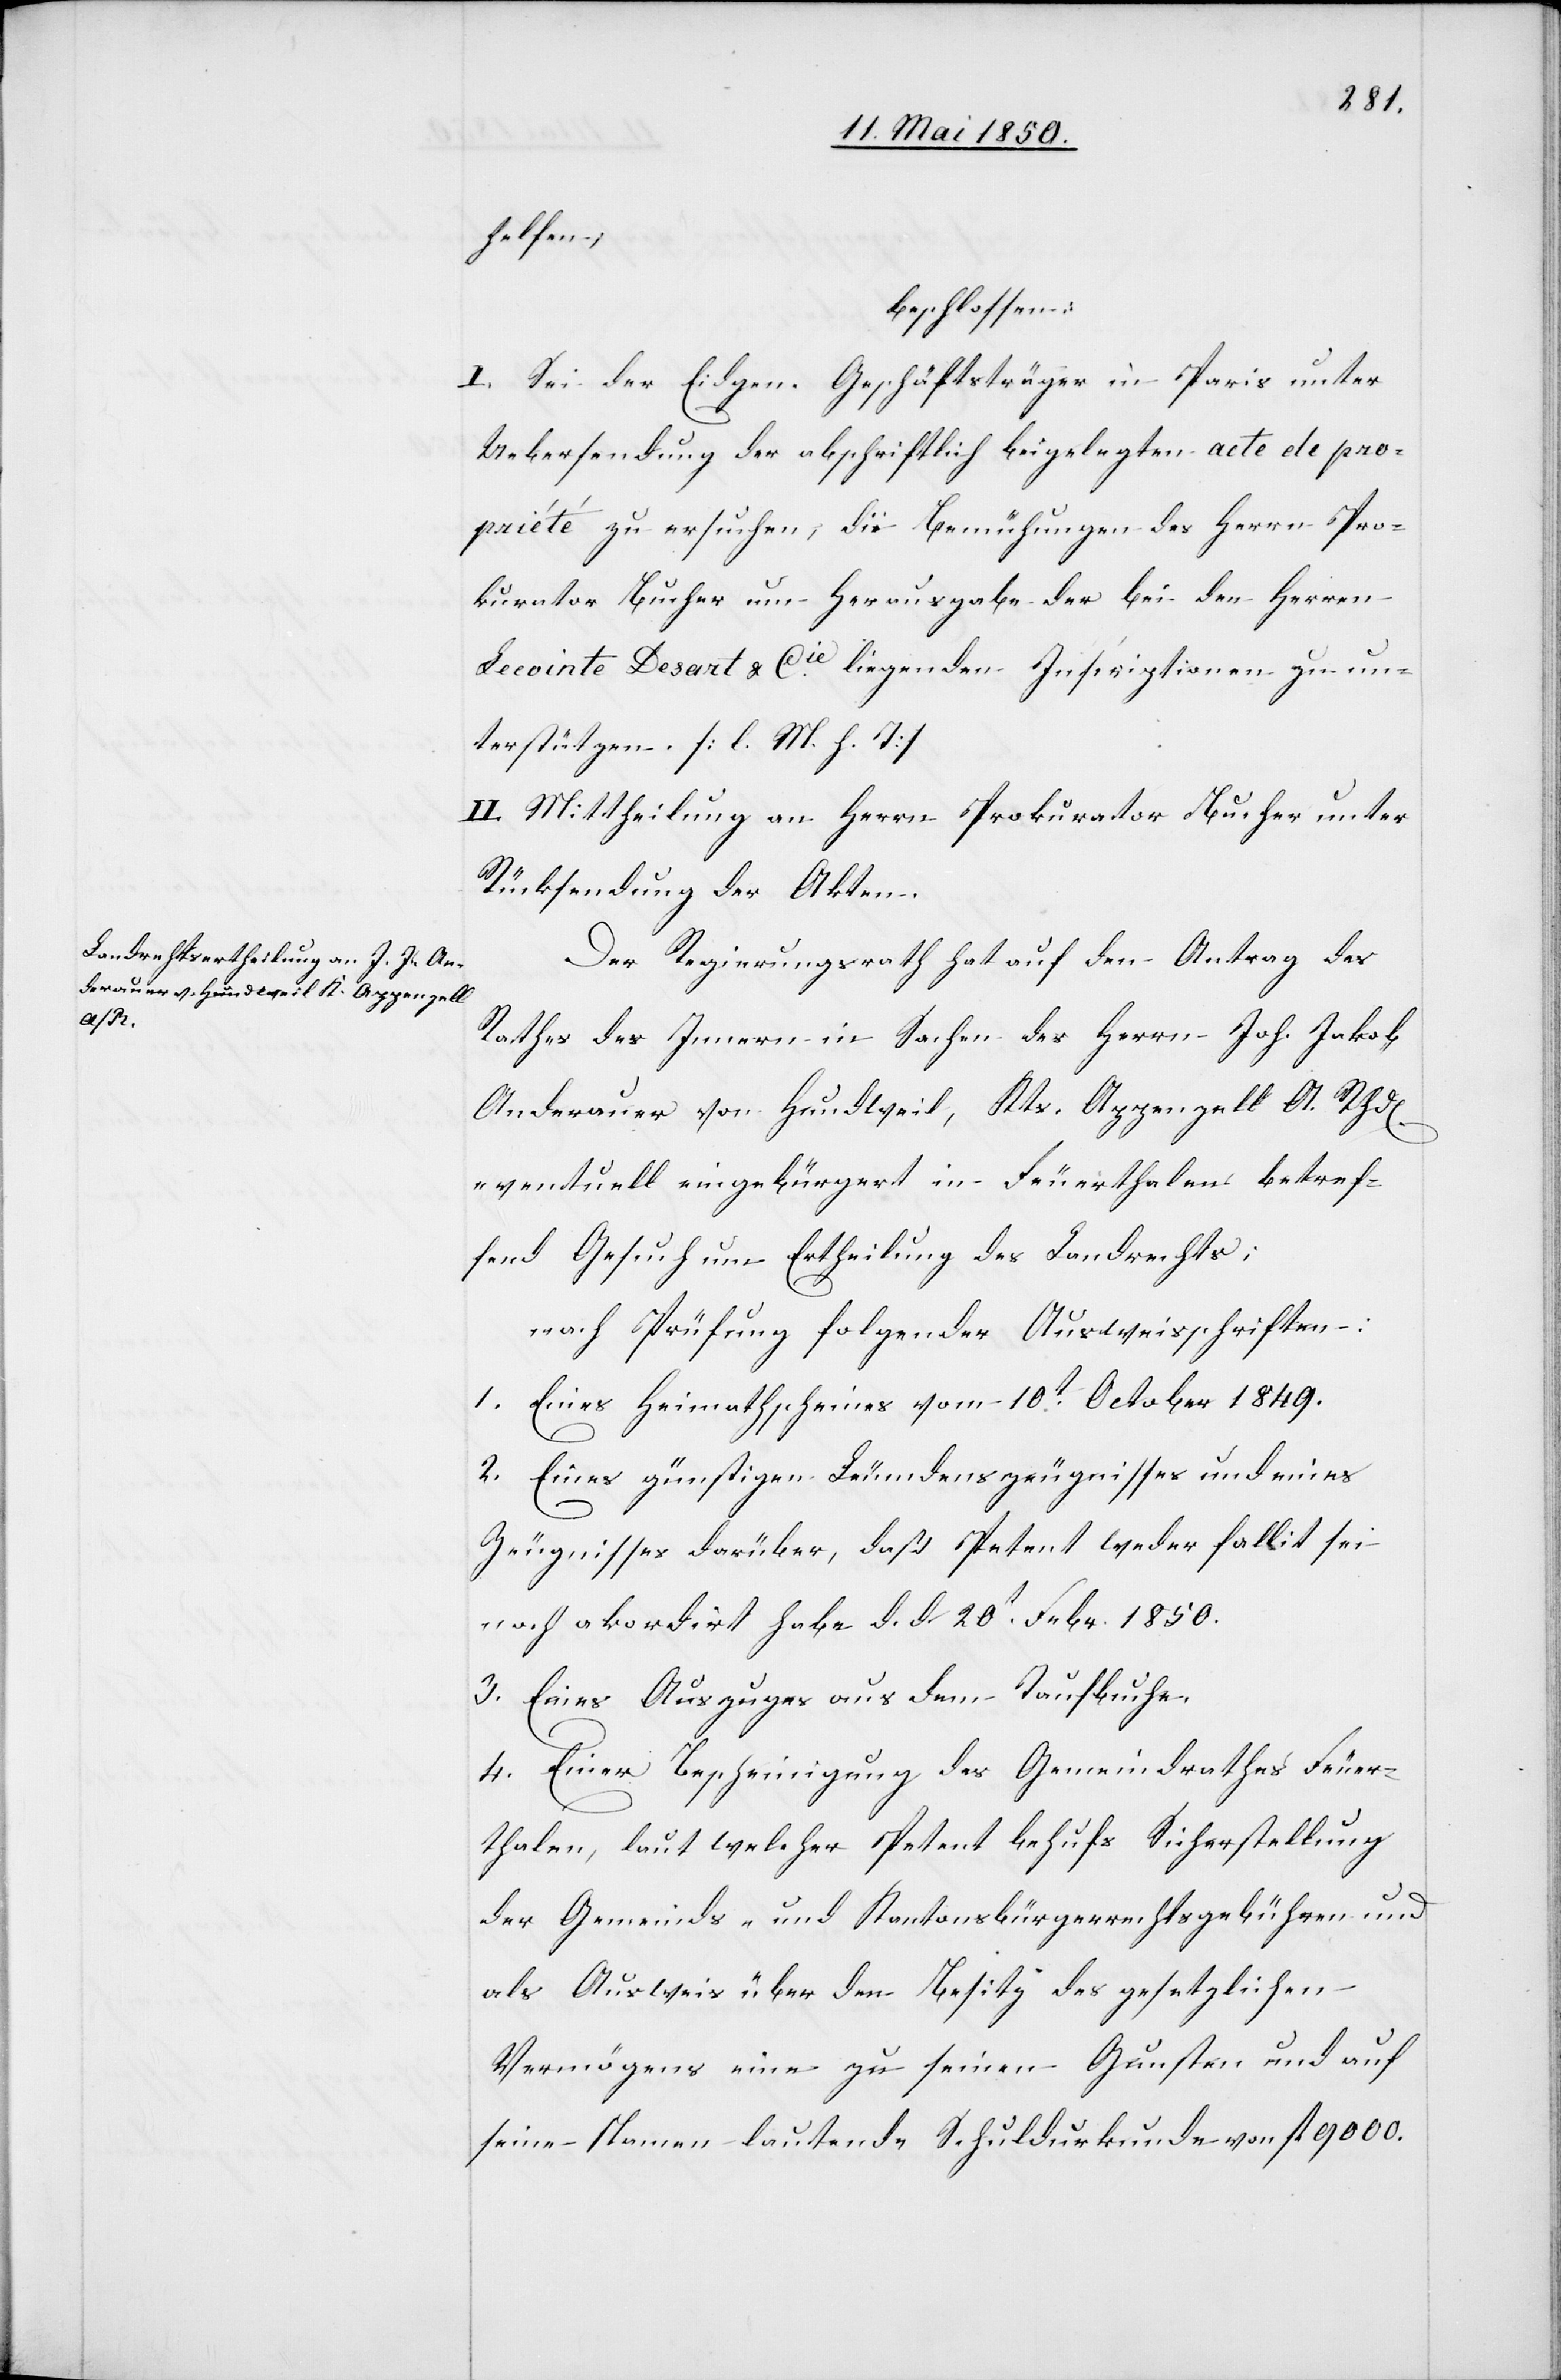
d[en]

helfen;
beschlossen:
I. Sei der Eidgen. Geschäftsträger in Paris unter
Uebersendung der abschriftlich beigelegten acte de pro¬
priété zu ersuchen, die Bemühungen des Herrn Pro¬
kurator Bucher um Herausgabe der bei den Herren
Lecointe Desart & Cie liegenden Inscriptionen zu un¬
terstützen. [l. M. h. T]
II. Mittheilung an Herrn Prokurator Bucher unter
Rücksendung der Akten.
Der Regierungsrath hat auf den Antrag des
Rathes des Innern in Sachen des Herrn Joh. Jakob
Anderauer von Hundweil, Kts. Appenzell A. Rh¬
eventuell eingebürgert in Feuerthalen betref¬
fend Gesuch um Ertheilung des Landrechts;
nach Prüfung folgender Ausweisschriften:
1. Eines Heimathscheines vom 10t October 1849.
2. Eines günstigen Leumdenszeugnisses und eines
Zeugnisses darüber, daß Petent weder fallit sei
noch akordirt habe d. d. 20t Febr. 1850.
3. Eines Auszuges aus dem Taufbuche.
4. Einer Bescheinigung des Gemeindrathes Feuer¬
thalen, laut welcher Petent behufs Sicherstellung
der Gemeinds- und Kantonsbürgerrechtsgebühren und
als Ausweis über den Besitz des gesetzlichen
Vermögens eine zu seinen Gunsten und auf
seine[n] Namen lautende Schuldurkunde von fl 9000.